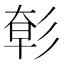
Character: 㣏